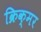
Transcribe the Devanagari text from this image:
क्रिक्मर